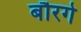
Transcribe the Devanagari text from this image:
बौरगे